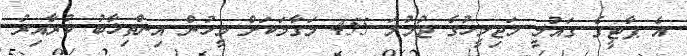
އެ ޕާޓީގެ ގައުމީ މަޖިލީހުގެ ޖުމުލަ 455 މަގާމަކަށް މީހުން އިންތިޚާބު ކުރާއިރު